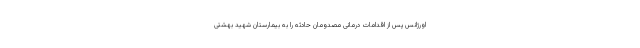
اورژانس پس از اقدامات درمانی مصدومان حادثه را به بیمارستان شهید بهشتی